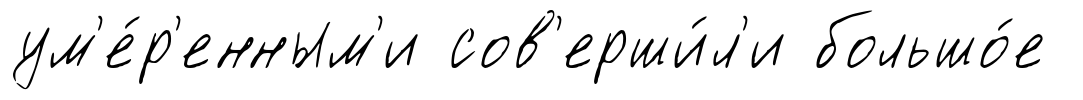
ум'е́р'енным'и сов'ерши́л'и большо́е